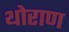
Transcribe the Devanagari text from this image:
थोराण